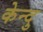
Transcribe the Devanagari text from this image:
केन्दु